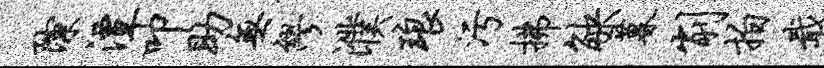
隙潭叩助无缪濮琅污拂觖暮削拍戢